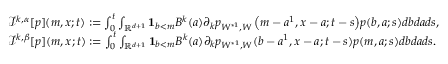
\begin{array} { r l } & { { \mathcal { I } ^ { k , \alpha } } [ p ] ( m , x ; t ) : = \int _ { 0 } ^ { t } { \int _ { \mathbb { R } ^ { d + 1 } } { \mathbf 1 } _ { b < m } B ^ { k } ( a ) \partial _ { k } p _ { W ^ { * 1 } , W } \left( m - a ^ { 1 } , x - a ; t - s \right) } p ( b , a ; s ) d b d a d s , } \\ & { { \mathcal { I } ^ { k , \beta } } [ p ] ( m , x ; t ) : = \int _ { 0 } ^ { t } \int _ { { \mathbb R } ^ { d + 1 } } { \mathbf 1 } _ { b < m } B ^ { k } ( a ) \partial _ { k } p _ { W ^ { * 1 } , W } ( b - a ^ { 1 } , x - a ; t - s ) p ( m , a ; s ) d b d a d s . } \end{array}